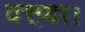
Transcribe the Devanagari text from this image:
वत्तया।